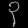
Digit: ၃